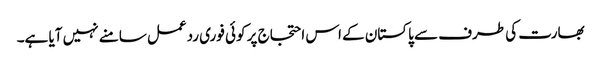
بھارت کی طرف سے پاکستان کے اس احتجاج پر کوئی فوری ردعمل سامنے نہیں آیا ہے۔